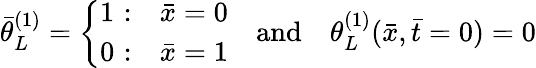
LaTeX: \bar{\theta}_{L}^{(1)}=\left\{ \begin{array}{ll}{1\, \, {:}}&{\bar{x}=0}\\ {0\, \, {:}}&{\bar{x}=1}\end{array}\right.\quad\mathrm{and}\quad\theta_{L}^{(1)}(\bar{x},\bar{t}=0)=0